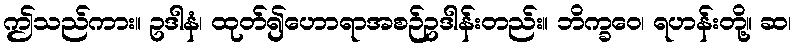
ဤသည်ကား။ ဥဒါနံ၊ ထုတ်၍ဟောရာအစဉ်ဥဒါန်းတည်း။ ဘိက္ခဝေ၊ ရဟန်းတို့။ ဆ၊